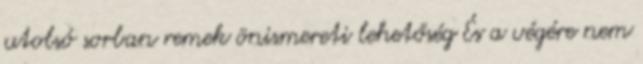
utolsó sorban remek önismereti lehetőség És a végére nem